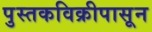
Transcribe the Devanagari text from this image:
पुस्तकविक्रीपासून